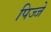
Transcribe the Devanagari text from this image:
पिज्जे